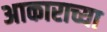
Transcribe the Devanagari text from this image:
अाकाराच्या